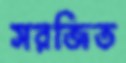
সরজিত